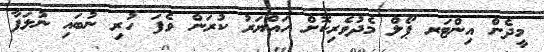
މީދެން އިންޓަރ ޕޯލް މެދުވެރިކޮށް ހައްޔަރު ކުރަން ވެފަ ހުރި ނުބައި ނުލަފާ